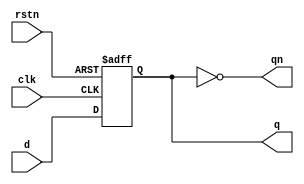
`timescale 1ns / 1ps

// Shahria Abeed
// Lab 6
// 3 bit ripple counter
// loops back to 0 after counting to 7 (111)

module dff (
   input d, clk, rstn,
   output reg q,
   output qn);
               
   always @ (posedge clk or negedge rstn)
      if (!rstn)
         q <= 0;
      else
         q <= d;
   
   // part 1
   assign qn = ~q;
endmodule

module ripple_counter (
   input clk, rstn,
   output [2:0] out);

   wire q0, qn0;
   wire q1, qn1;
   wire q2, qn2;

   dff u0 ( .d (qn0),
      .clk (clk),
      .rstn (rstn),
      .q (q0),
      .qn (qn0));
  
   dff u1 ( .d (qn1),
      .clk (qn0),
      .rstn (rstn),
      .q (q1),
      .qn (qn1));

   dff u2 ( .d (qn2),
      .clk (qn1),
      .rstn (rstn),
      .q (q2),
      .qn (qn2));

   assign out = {q2, q1, q0};
endmodule